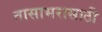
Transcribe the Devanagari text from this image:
तासाभरासाठी